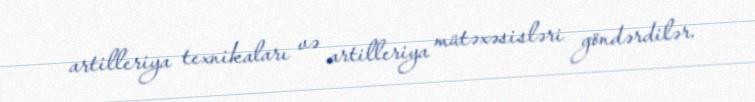
artilleriya texnikaları və artilleriya mütəxəsisləri göndərdilər.